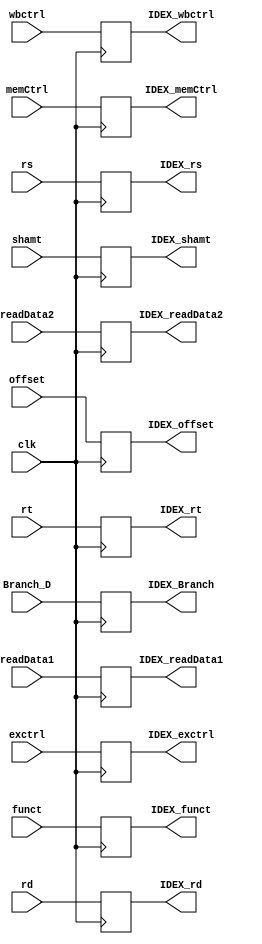
module IDEX_Reg (/*inputs*/ readData1, readData2, offset, rs, rt, rd, funct, memCtrl, exctrl, wbctrl,clk,shamt, Branch_D,
              /*outputs*/IDEX_readData1, IDEX_readData2, IDEX_offset, IDEX_rs, IDEX_rt, IDEX_rd, IDEX_funct,
	      IDEX_memCtrl, IDEX_exctrl, IDEX_wbctrl, IDEX_shamt, IDEX_Branch );

input [31:0] readData1, readData2, offset;
input [5:0]  funct;
input [4:0] rs, rt, rd ,shamt;
input [3:0] exctrl;
input [1:0] memCtrl, wbctrl;
input clk, Branch_D;

output reg [31:0] IDEX_readData1, IDEX_readData2, IDEX_offset;
output reg [5:0]  IDEX_funct;
output reg [4:0] IDEX_rs, IDEX_rt, IDEX_rd, IDEX_shamt;
output reg [3:0] IDEX_exctrl;
output reg [1:0] IDEX_memCtrl, IDEX_wbctrl;
output reg IDEX_Branch;

always @ (posedge clk)
begin

IDEX_readData1<=readData1;
IDEX_readData2<=readData2;
IDEX_offset<=offset;
IDEX_funct<=funct;
IDEX_rs<=rs;
IDEX_rt<=rt;
IDEX_rd<=rd;
IDEX_exctrl<=exctrl;
IDEX_memCtrl<=memCtrl;
IDEX_wbctrl<=wbctrl;
IDEX_shamt <= shamt;
IDEX_Branch <= Branch_D;
end
endmodule